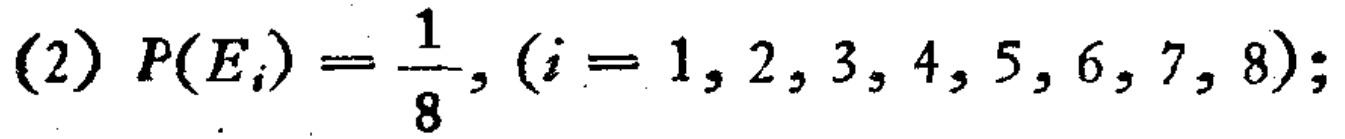
(2) \(P(E_{i})=\frac{1}{8},(i = 1,2,3,4,5,6,7,8);\)